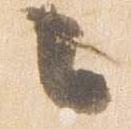
々